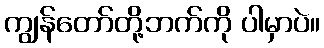
ကျွန်တော်တို့ဘက်ကို ပါမှာပဲ။